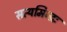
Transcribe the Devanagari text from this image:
सत्यमिन्द्रः